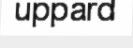
uppard